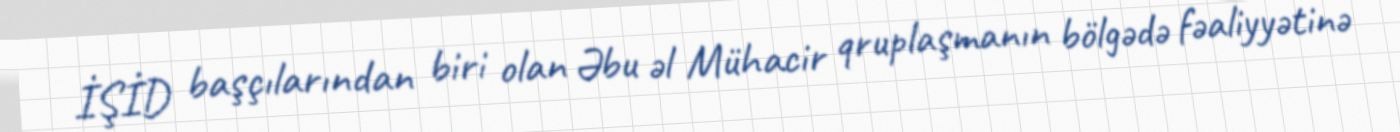
İŞİD başçılarından biri olan Əbu əl Mühacir qruplaşmanın bölgədə fəaliyyətinə